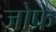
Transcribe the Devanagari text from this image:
जोफ्रे